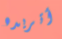
أتريده